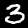
Label: 3